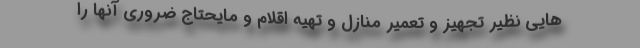
هایی نظیر تجهیز و تعمیر منازل و تهیه اقلام و مایحتاج ضروری آنها را